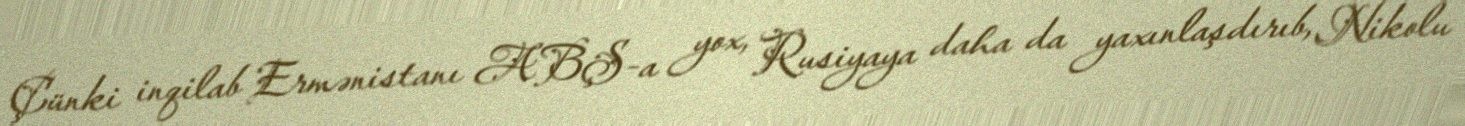
Çünki inqilab Ermənistanı ABŞ-a yox, Rusiyaya daha da yaxınlaşdırıb, Nikolu